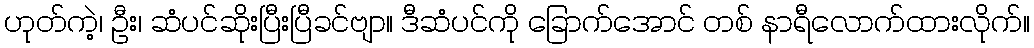
ဟုတ်ကဲ့၊ ဦး၊ ဆံပင်ဆိုးပြီးပြီခင်ဗျာ။ ဒီဆံပင်ကို ခြောက်အောင် တစ် နာရီလောက်ထားလိုက်။